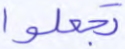
تجعلوا